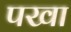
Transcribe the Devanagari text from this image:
पखा